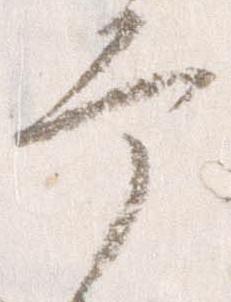
幸